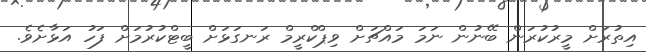
އިތުރަށް މީރުކުރަން ބޭނުން ނަމަ މައްޗަށް ވިޕްކްރީމް ރަނގަޅަށް ބީޓްކުރުމަށް ފަހު އަޅާށެވެ.